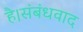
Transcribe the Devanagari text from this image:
है।संबंधवाद